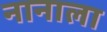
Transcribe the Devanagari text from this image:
नानाला